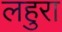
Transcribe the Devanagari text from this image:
लहुरा